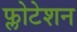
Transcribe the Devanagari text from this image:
फ्लोटेशन